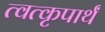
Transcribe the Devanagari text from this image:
त्वत्कृपार्थं